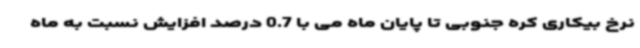
نرخ بیکاری کره جنوبی تا پایان ماه می با 0.7 درصد افزایش نسبت به ماه